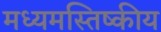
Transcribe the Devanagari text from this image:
मध्यमस्तिष्कीय